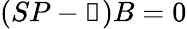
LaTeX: (SP-\mathbb{1})B=0